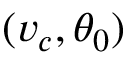
( v _ { c } , \theta _ { 0 } )